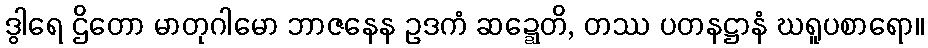
ဒွါရေ ဌိတော မာတုဂါမော ဘာဇနေန ဥဒကံ ဆဍ္ဍေတိ, တဿ ပတနဋ္ဌာနံ ဃရူပစာရော။